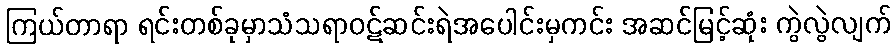
ကြယ်တာရာ ရင်းတစ်ခုမှာသံသရာဝဋ်ဆင်းရဲအပေါင်းမှကင်း အဆင်မြင့်ဆုံး ကွဲလွဲလျက်